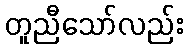
တူညီသော်လည်း